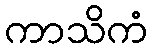
ကာသိကံ